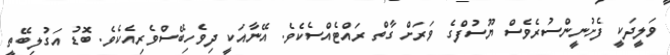
ވަލީދަކީ ފެށުނީންސުރެވެސް ޔޫސުފްގެ ވަރަށް ގާތް ރައްޓެެއްސެކެވެ. އޭނާއަކީ ދިވެހިބޭސްވެރިއެކެވެ. ބޮޑު އަގުލިބޭތީ